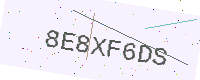
Text: 8E8XF6DS